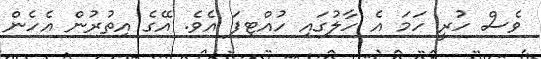
ވެސް ހުރީ ހަމަ އެ ހާލުގައި ހުއްޓިފަ އެވެ. އޭގެ އިތުރުން އެހެން